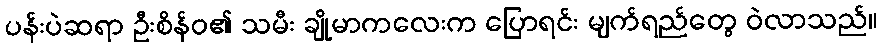
ပန်းပဲဆရာ ဦးစိန်ဝ၏ သမီး ချိုမာကလေးက ပြောရင်း မျက်ရည်တွေ ဝဲလာသည်။